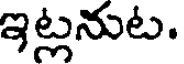
ఇట్లనుట.